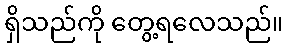
ရှိသည်ကို တွေ့ရလေသည်။